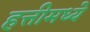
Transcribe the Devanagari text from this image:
हत्तीमध्ये